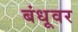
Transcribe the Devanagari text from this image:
बंधूवर